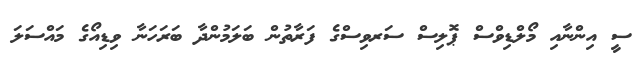
ސީ އިންނާއި މޯލްޑިވްސް ޕޮލިސް ސަރވިސްގެ ފަރާތުން ބަލަމުންދާ ބަރަހަނާ ވިޑިއޯގެ މައްސަލަ